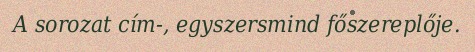
A sorozat cím-, egyszersmind főszereplője.